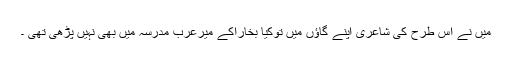
میں نے اس طرح کی شاعری اپنے گاﺅں میں توکیا بخاراکے میرعرب مدرسہ میں بھی نہیں پڑھی تھی ۔